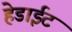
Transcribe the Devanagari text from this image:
हेडाईट